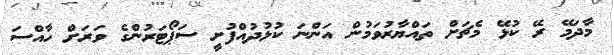
މާދަމޭ ރޭ ކުޅޭ މެޗަށް ތައްޔާރުވަމުން އަންނަ ކުޅުދުއްފުށީ ސަޕޯޓަރުންގެ ވަރަށް ހާއްސަ